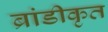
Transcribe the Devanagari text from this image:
ब्रांडीकृत